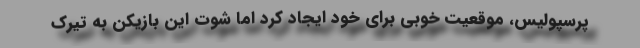
پرسپولیس، موقعیت خوبی برای خود ایجاد کرد اما شوت این بازیکن به تیرک